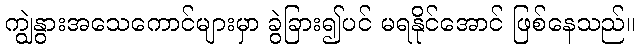
ကျွဲနွားအသေကောင်များမှာ ခွဲခြား၍ပင် မရနိုင်အောင် ဖြစ်နေသည်။